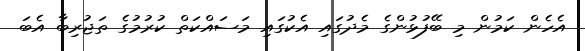
އެހެން ކަމުން މި ބޭފުޅުންގެ މެދުގައި އެކުގައި މަސައްކަތް ކުރުމުގެ ތަޖުރިބާ އެބަ